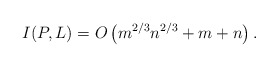
\begin{align*} I(P,L) = O\left(m^{2/3}n^{2/3} + m + n \right) .\end{align*}